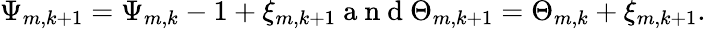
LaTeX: \Psi_{m,k+1}=\Psi_{m,k}-1+\xi_{m,k+1}\mathrm{~a~n~d~}\Theta_{m,k+1}=\Theta_{m,k}+\xi_{m,k+1}.